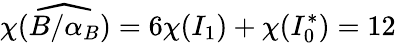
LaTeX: \chi(\widehat{B/\alpha_{B}})=6\chi(I_{1})+\chi(I_{0}^{*})=12